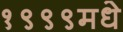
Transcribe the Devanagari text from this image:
१९९९मधे